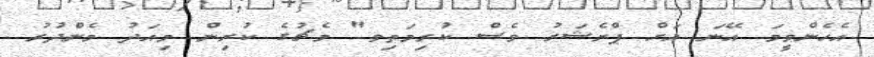
އެހެންވީމަ އޭނަ އަށް ޕްރެޝަރު ވެސް ކުރިމަތިިވ" މެޗުގެ ކުރިން މިއަދު މެންދުރު